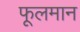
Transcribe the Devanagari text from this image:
फूलमान